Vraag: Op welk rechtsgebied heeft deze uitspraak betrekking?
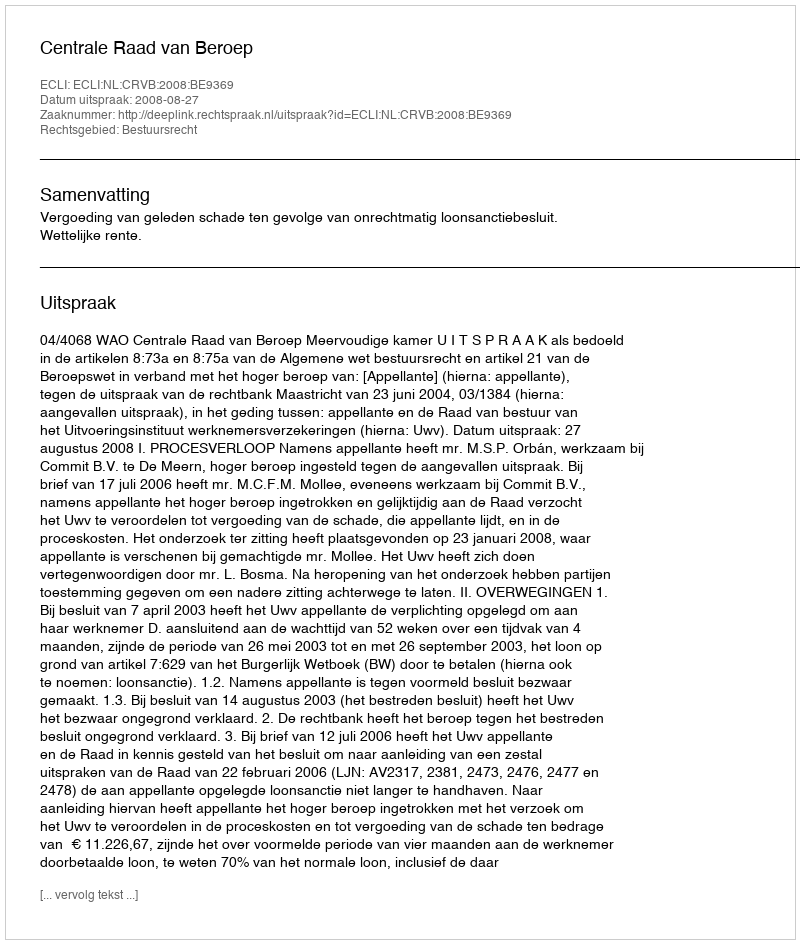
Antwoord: Bestuursrecht